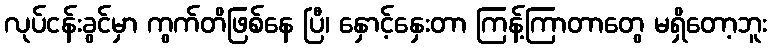
လုပ်ငန်းခွင်မှာ ကွက်တိဖြစ်နေ ပြီ၊ နှောင့်နှေးတာ ကြန့်ကြာတာတွေ မရှိတော့ဘူး